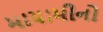
માયામીનો